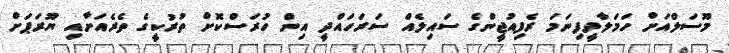
މޫސަލްއަށް ހަމަލާދީފިނަމަ ރެފިއުޖީންގެ ސައިލެއް ސަރަހައްދީ އިން ހުރަސްކޮށް ތުރުކީގެ ތެރެއަށާއި ޔޫރަޕަށް